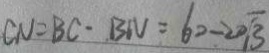
C N = B C \cdot B N = 6 0 - 2 0 \sqrt { 3 }